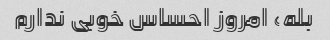
بله، امروز احساس خوبی ندارم